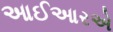
આઈઆરએ